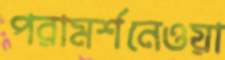
পরামর্শনেওয়া